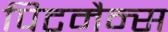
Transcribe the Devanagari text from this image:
पिटमैन्स